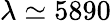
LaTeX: \lambda\simeq 5890